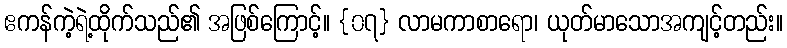
ဧကန်ကဲ့ရဲ့ထိုက်သည်၏ အဖြစ်ကြောင့်။ {၀၇} လာမကာစာရော၊ ယုတ်မာသောအကျင့်တည်း။